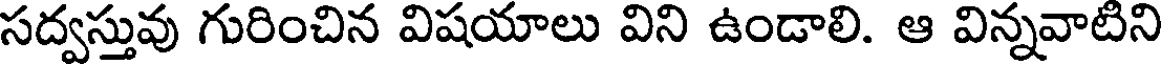
సద్వస్తువు గురించిన విషయాలు విని ఉండాలి. ఆ విన్నవాటిని